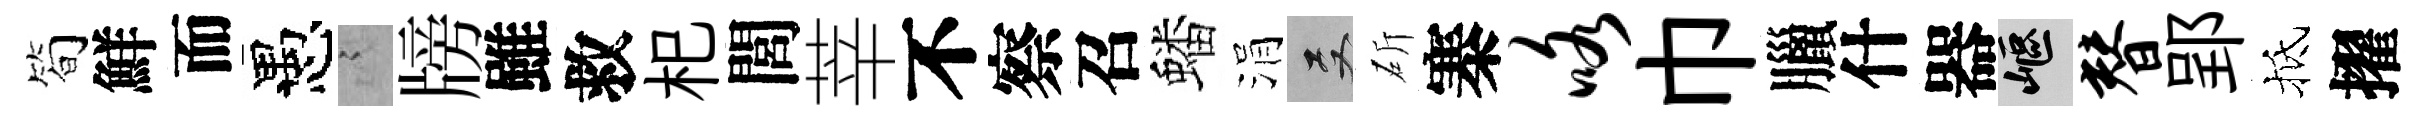
简鮮而愚謭牓雖救𣏌閭莘不察召蟠涓双斫寨咯巾臘什器嶇替郢抵擢